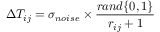
\Delta T _ { i j } = \sigma _ { n o i s e } \times \frac { r a n d \{ 0 , 1 \} } { r _ { i j } + 1 }